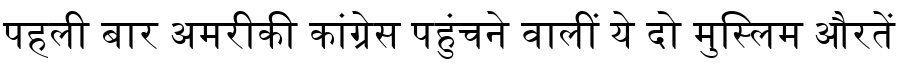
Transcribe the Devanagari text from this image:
पहली बार अमरीकी कांग्रेस पहुंचने वालीं ये दो मुस्लिम औरतें